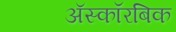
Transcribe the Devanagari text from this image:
अॅस्कॉरबिक